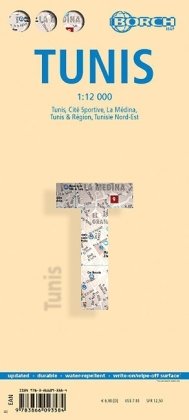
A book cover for Laminated Map of Tunis by Borch (English) (English and French Edition); Borch GmbH; Travel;